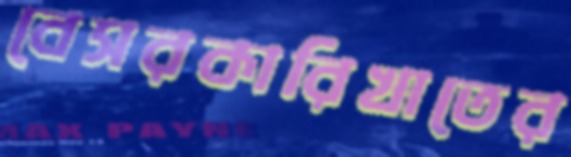
বেসরকারিখাতের